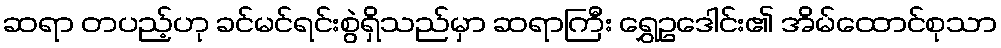
ဆရာ တပည့်ဟု ခင်မင်ရင်းစွဲရှိသည်မှာ ဆရာကြီး ရွှေဥဒေါင်း၏ အိမ်ထောင်စုသာ